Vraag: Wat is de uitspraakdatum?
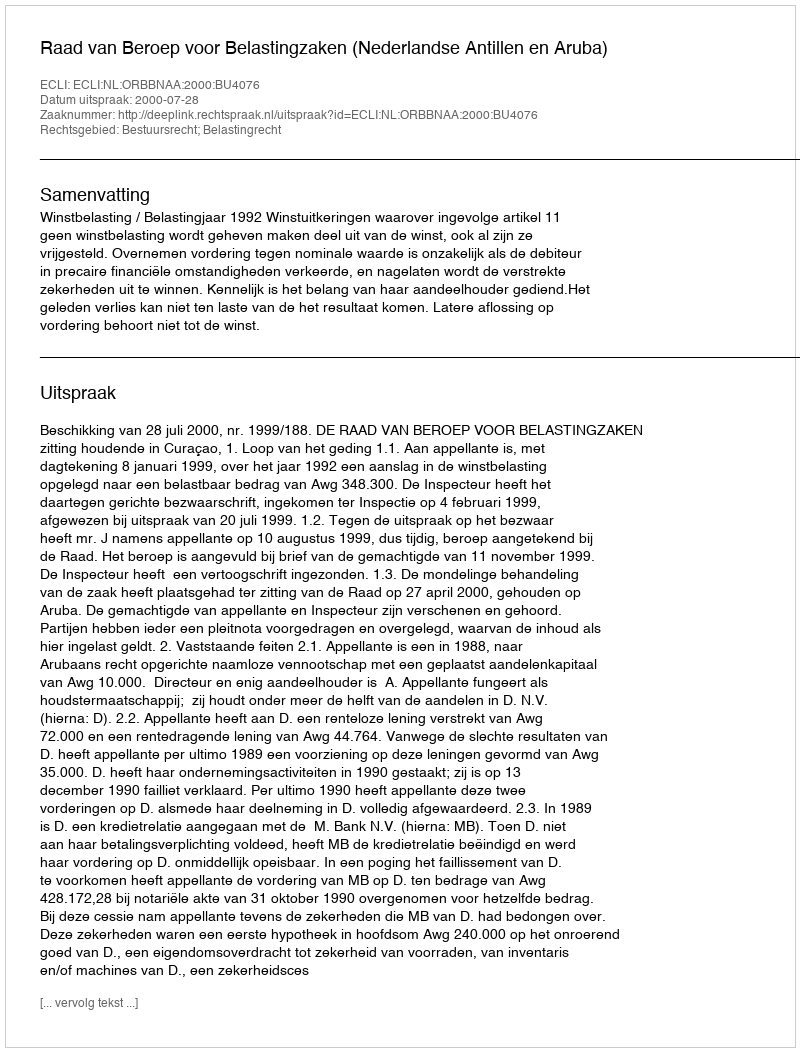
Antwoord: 2000-07-28